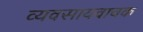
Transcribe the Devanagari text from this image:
व्यवसायवाचक